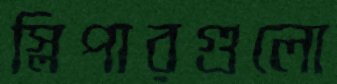
স্লিপারগুলো